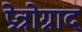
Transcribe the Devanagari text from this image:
प्रेत्रोग्राद